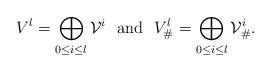
LaTeX: \begin{align*}V^l=\bigoplus_{0\le i\le l}{\cal V}^i\mbox{\ \ and\ \ }V^l_\#=\bigoplus_{0\le i\le l} {\cal V}^i_\#.\end{align*}